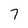
Character: 7